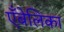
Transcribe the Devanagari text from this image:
एँबेलिका